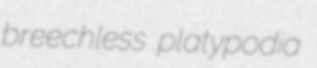
breechless platypodia